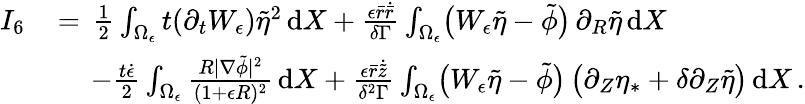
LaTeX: \begin{array}{rl}{I_{6}\, }&{=\, \frac 12\int_{\Omega_{\epsilon}}t(\partial_{t}W_{\epsilon})\tilde{\eta}^{2}\, \mathrm{d}X+\frac{\epsilon\bar{r}\dot{\bar{r}}}{\delta\Gamma}\int_{\Omega_{\epsilon}}\bigl(W_{\epsilon}\tilde{\eta}-\tilde{\phi}\bigr)\, \partial_{R}\tilde{\eta}\, \mathrm{d}X}\\ &{\quad\, -\frac{t\dot{\epsilon}}{2}\int_{\Omega_{\epsilon}}\frac{R|\nabla\tilde{\phi}|^{2}}{(1+\epsilon R)^{2}}\, \mathrm{d}X+\frac{\epsilon\bar{r}\dot{\tilde{z}}}{\delta^{2}\Gamma}\int_{\Omega_{\epsilon}}\bigl(W_{\epsilon}\tilde{\eta}-\tilde{\phi}\bigr)\, \bigl(\partial_{Z}\eta_{*}+\delta\partial_{Z}\tilde{\eta}\bigr)\, \mathrm{d}X\, .}\end{array}